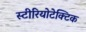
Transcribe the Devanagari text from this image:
स्टीरियोटेक्टिक